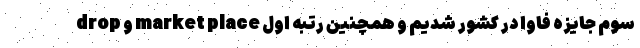
سوم جایزه فاوا در کشور شدیم و همچنین رتبه اول market place و drop